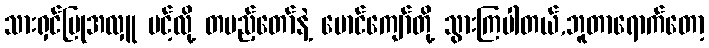
သားရှင်ပြုအလှူ ပင့်လို့ တပည့်တော်နဲ့ မောင်ကျော်တို့ သွားကြပါတယ်,ဘူတာရောက်တော့